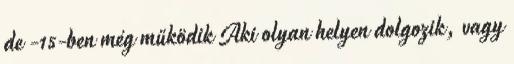
de -15-ben még működik Aki olyan helyen dolgozik, vagy